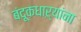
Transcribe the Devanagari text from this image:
बंदूकधाऱ्यांना